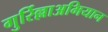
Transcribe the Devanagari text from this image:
गुर्रिल्लाअभियान